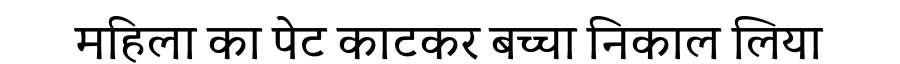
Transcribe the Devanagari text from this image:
महिला का पेट काटकर बच्चा निकाल लिया